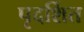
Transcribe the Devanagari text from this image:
पृदर्शित